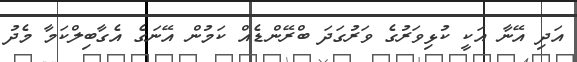
އަދި އޭނާ އަކީ ކުޅިވަރުގެ ވަރުގަދަ ބްރޭންޑެއް ކަމުން އޭނަގެ އެގާބިލްކަމާ މެދު